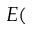
E (